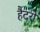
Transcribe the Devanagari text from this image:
हैटरो